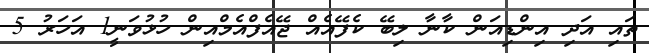
ތައި އަދި އިންޑިއަން ކާނާ ލިބޭ ކެފޭއެއް ޖޭއެފްއެމްއިން ހުޅުވަނީ1 އަހަރު 5